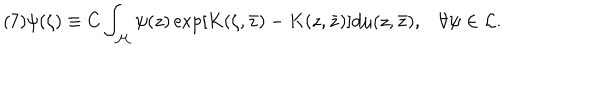
LaTeX: ( 7 ) \psi ( \zeta ) \equiv C \int _ { \cal M } \psi ( z ) \exp \left[ K ( \zeta , \bar { z } ) - K ( z , \bar { z } ) \right] d \mu ( z , \bar { z } ) , \forall \psi \in { \cal L } .